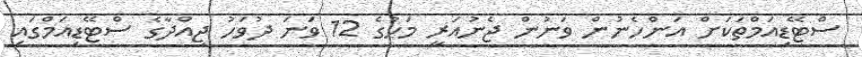
ސްޓޭޑިއަމްތަކަށް އަންހެނުން ވަނުން ޖެނުއަރީ މަހުގެ 12 ވަނަ ދުވަހު ޖިއްދާގެ ސްޓޭޑިއަމްގައި